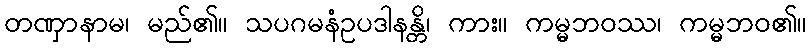
တဏှာနာမ၊ မည်၏။ သပဂမနံဥပဒါနန္တိ၊ ကား။ ကမ္မဘဝဿ၊ ကမ္မဘဝ၏။